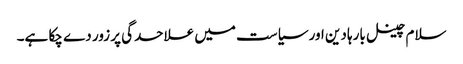
سلام چینل بارہا دین اور سیاست میں علاحدگی پر زور دے چکا ہے۔